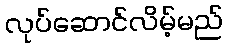
လုပ်ဆောင်လိမ့်မည်